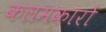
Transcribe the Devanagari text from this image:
कलमकारों